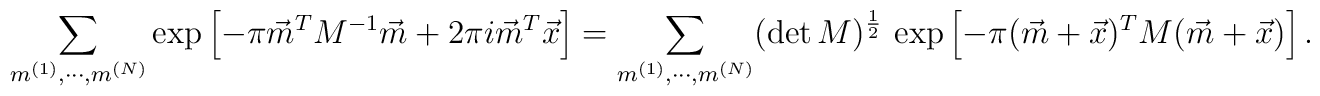
\sum_{m^{(1)},\cdots, m^{(N)}} \exp       \left[ -\pi \vec{m}^T M^{-1} \vec{m} + 2\pi i \vec{m}^T        \vec{x}\right]  =  \sum_{m^{(1)},\cdots, m^{(N)}}(\det M)^{\frac{1}{2}}\,     \exp \left[-\pi(\vec{m}+\vec{x})^{T} M (\vec{m} +\vec{x})\right].